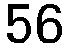
56